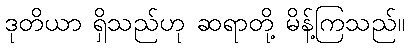
ဒုတိယာ ရှိသည်ဟု ဆရာတို့ မိန့်ကြသည်။